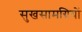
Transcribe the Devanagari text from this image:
सुखसामग्रियों